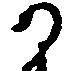
か